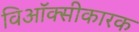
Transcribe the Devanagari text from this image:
विऑक्सीकारक